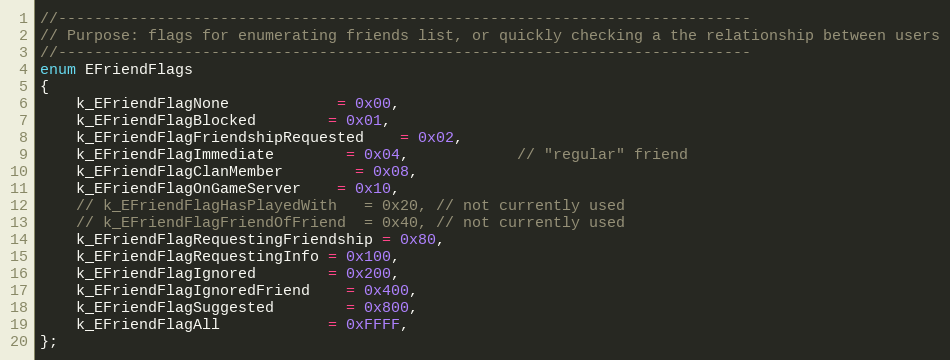
Language: C
//-----------------------------------------------------------------------------
// Purpose: flags for enumerating friends list, or quickly checking a the relationship between users
//-----------------------------------------------------------------------------
enum EFriendFlags
{
	k_EFriendFlagNone			= 0x00,
	k_EFriendFlagBlocked		= 0x01,
	k_EFriendFlagFriendshipRequested	= 0x02,
	k_EFriendFlagImmediate		= 0x04,			// "regular" friend
	k_EFriendFlagClanMember		= 0x08,
	k_EFriendFlagOnGameServer	= 0x10,
	// k_EFriendFlagHasPlayedWith	= 0x20,	// not currently used
	// k_EFriendFlagFriendOfFriend	= 0x40, // not currently used
	k_EFriendFlagRequestingFriendship = 0x80,
	k_EFriendFlagRequestingInfo = 0x100,
	k_EFriendFlagIgnored		= 0x200,
	k_EFriendFlagIgnoredFriend	= 0x400,
	k_EFriendFlagSuggested		= 0x800,
	k_EFriendFlagAll			= 0xFFFF,
};